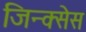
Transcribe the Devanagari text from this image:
जिन्क्सेस